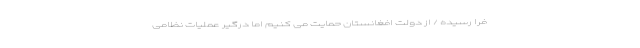
فرا رسیده / از دولت افغانستان حمایت می کنیم اما درگیر عملیات نظامی